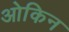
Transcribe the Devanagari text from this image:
ओकिन